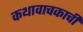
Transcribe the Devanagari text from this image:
कथावाचकाची